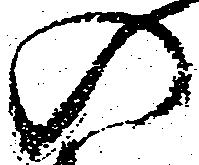
入